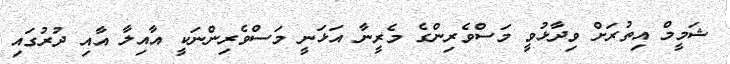
ޝަމީމް އިތުރަށް ވިދާޅުވީ މަސްވެރިންގެ މެރީނާ އަޅަނީ މަސްވެރިންނަކީ އާއިލާ އާއި ދުރުގައި